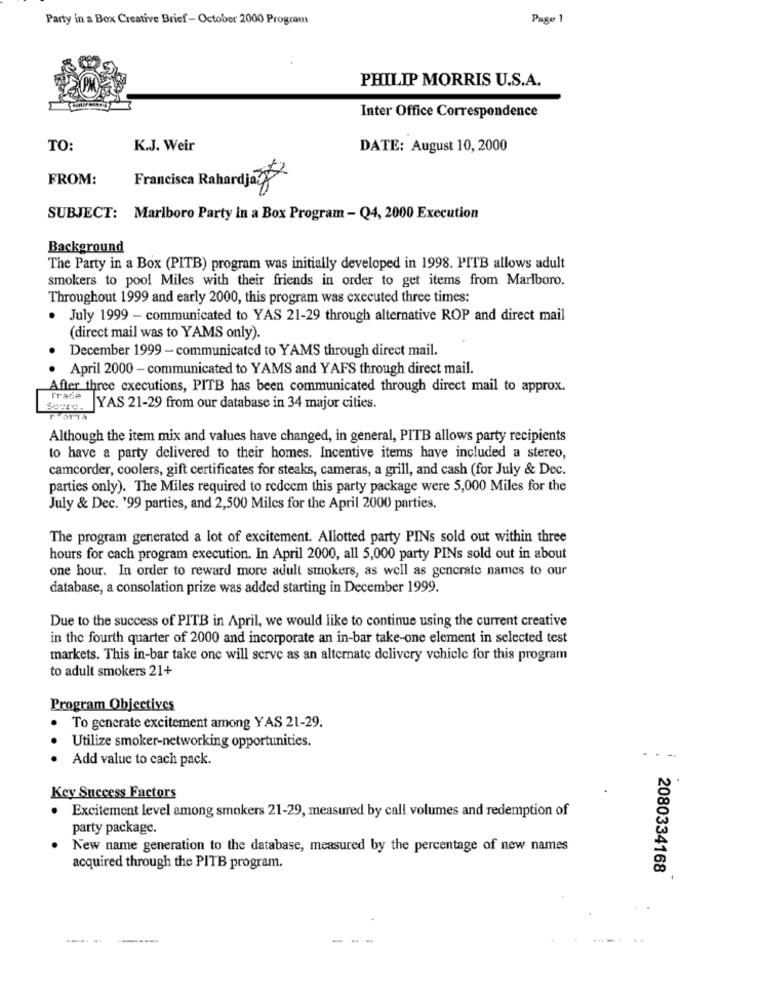
Party in a Box Creative Brief - October 2000 Program
Page 1
PHILIP MORRIS U.S.A.
Inter Office Correspondence
TO:
K.J. Weir
DATE: August 10, 2000
FROM:
Francisca Rahardja za
SUBJECT: Marlboro Party in a Box Program - Q4, 2000 Execution
Background
The Party in a Box (PITB) program was initially developed in 1998. PITB allows adult
smokers to pool Miles with their friends in order to get items from Marlboro.
Throughout 1999 and early 2000, this program was executed three times:
July 1999 - communicated to YAS 21-29 through alternative ROP and direct mail
(direct mail was to YAMS only).
December 1999 - communicated to YAMS through direct mail.
April 2000 - communicated to YAMS and YAFS through direct mail.
After three executions, PITB has been communicated through direct mail to approx.
Trace
YAS 21-29 from our database in 34 major cities.
Although the item mix and values have changed, in general, PITB allows party recipients
to have a party delivered to their homes. Incentive items have included a stereo,
camcorder, coolers, gift certificates for steaks, cameras, a grill, and cash (for July & Dec.
parties only). The Miles required to redeem this party package were 5,000 Miles for the
July & Dec. '99 parties, and 2,500 Miles for the April 2000 parties.
The program generated a lot of excitement. Allotted party PINs sold out within three
hours for cach program execution. In April 2000, all 5,000 party PINs sold out in about
one hour. In order to reward more adult stokers, as well as generate names to our
database, a consolation prize was added starting in December 1999.
Due to the success of PITB in April, we would like to continue using the current creative
in the fourth quarter of 2000 and incorporate an in-bar take-one element in selected test
markets. This in-bar take one will serve as an alternate delivery vehicle for this program
to adult smokers 21+
Program Objectives
To generate excitement among YAS 21-29.
Utilize smoker-networking opportunities.
Add value to cach pack.
Key Success Factors
Excitement level among smokers 21-29, measured by call volumes and redemption of
party package.
New name generation to the database, measured by the percentage of new names
acquired through the PITB program.
2080334168